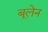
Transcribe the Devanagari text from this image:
बूलेन